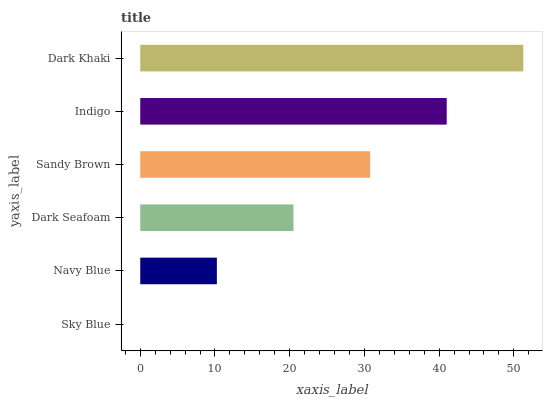
| yaxis_label | bars |
 | --- | --- |
 | Sky Blue | 0 |
 | Navy Blue | 10.3 |
 | Dark Seafoam | 20.5 |
 | Sandy Brown | 30.8 |
 | Indigo | 41 |
 | Dark Khaki | 51.3 |